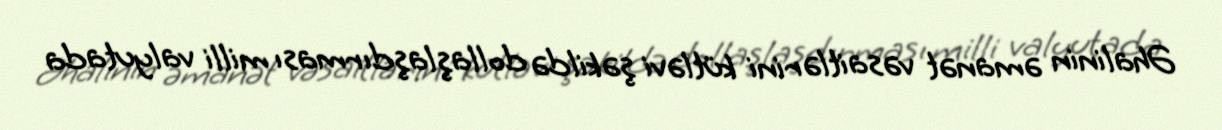
Əhalinin əmanət vəsaitlərini kütləvi şəkildə dollaşlaşdırması milli valyutada